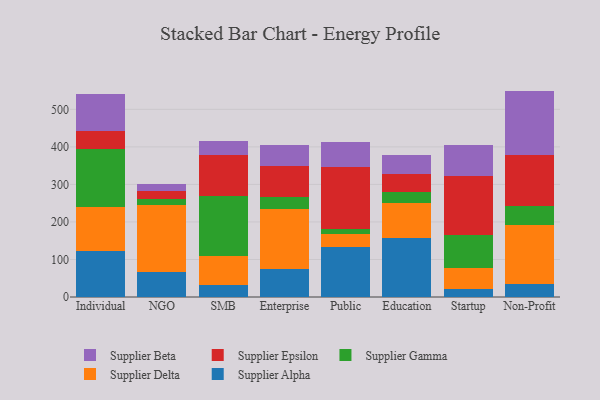
{"axis": {"x": "Segment", "y": "Population (Million)"}, "legend": ["Supplier Alpha", "Supplier Beta", "Supplier Delta", "Supplier Epsilon", "Supplier Gamma"], "data": [{"x": "Individual", "y": 122.2, "type": "Supplier Alpha"}, {"x": "Individual", "y": 117.2, "type": "Supplier Delta"}, {"x": "Individual", "y": 155.6, "type": "Supplier Gamma"}, {"x": "Individual", "y": 48.1, "type": "Supplier Epsilon"}, {"x": "Individual", "y": 96.8, "type": "Supplier Beta"}, {"x": "NGO", "y": 66.7, "type": "Supplier Alpha"}, {"x": "NGO", "y": 178.5, "type": "Supplier Delta"}, {"x": "NGO", "y": 15.1, "type": "Supplier Gamma"}, {"x": "NGO", "y": 22.4, "type": "Supplier Epsilon"}, {"x": "NGO", "y": 18.7, "type": "Supplier Beta"}, {"x": "SMB", "y": 31.9, "type": "Supplier Alpha"}, {"x": "SMB", "y": 76.8, "type": "Supplier Delta"}, {"x": "SMB", "y": 159.8, "type": "Supplier Gamma"}, {"x": "SMB", "y": 108.8, "type": "Supplier Epsilon"}, {"x": "SMB", "y": 38.6, "type": "Supplier Beta"}, {"x": "Enterprise", "y": 75.2, "type": "Supplier Alpha"}, {"x": "Enterprise", "y": 159.3, "type": "Supplier Delta"}, {"x": "Enterprise", "y": 31.8, "type": "Supplier Gamma"}, {"x": "Enterprise", "y": 82.0, "type": "Supplier Epsilon"}, {"x": "Enterprise", "y": 57.0, "type": "Supplier Beta"}, {"x": "Public", "y": 133.7, "type": "Supplier Alpha"}, {"x": "Public", "y": 35.4, "type": "Supplier Delta"}, {"x": "Public", "y": 11.8, "type": "Supplier Gamma"}, {"x": "Public", "y": 165.4, "type": "Supplier Epsilon"}, {"x": "Public", "y": 65.5, "type": "Supplier Beta"}, {"x": "Education", "y": 156.0, "type": "Supplier Alpha"}, {"x": "Education", "y": 93.2, "type": "Supplier Delta"}, {"x": "Education", "y": 31.0, "type": "Supplier Gamma"}, {"x": "Education", "y": 47.8, "type": "Supplier Epsilon"}, {"x": "Education", "y": 51.0, "type": "Supplier Beta"}, {"x": "Startup", "y": 21.2, "type": "Supplier Alpha"}, {"x": "Startup", "y": 57.3, "type": "Supplier Delta"}, {"x": "Startup", "y": 87.1, "type": "Supplier Gamma"}, {"x": "Startup", "y": 156.7, "type": "Supplier Epsilon"}, {"x": "Startup", "y": 81.5, "type": "Supplier Beta"}, {"x": "Non-Profit", "y": 34.8, "type": "Supplier Alpha"}, {"x": "Non-Profit", "y": 157.7, "type": "Supplier Delta"}, {"x": "Non-Profit", "y": 50.6, "type": "Supplier Gamma"}, {"x": "Non-Profit", "y": 136.5, "type": "Supplier Epsilon"}, {"x": "Non-Profit", "y": 169.7, "type": "Supplier Beta"}]}